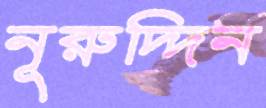
নূরুদ্দিন